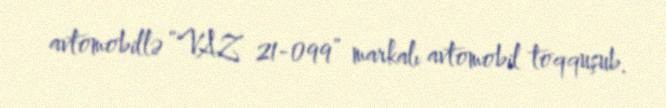
avtomobillə “VAZ 21-099” markalı avtomobil toqquşub.